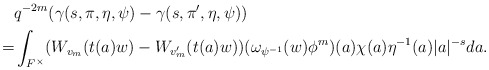
\begin{align*}&q^{-2m}(\gamma(s,\pi,\eta,\psi)-\gamma(s,\pi',\eta,\psi))\\=&\int_{F^\times} ( W_{v_m}(t(a)w)-W_{v_m'}(t(a)w))(\omega_{\psi^{-1}}(w)\phi^m)(a)\chi(a)\eta^{-1}(a)|a|^{-s} da.\end{align*}